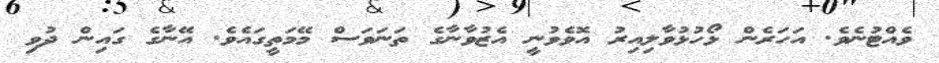
ވެއްޓުނެވެ. އަހަރެން ޅޯހުޅުވާލިއިރު އޮވެވުނީ އެޒުވާނާގެ ތަނަވަސް މޭމަތީގައެވެ. އޭނާގެ ގައިން ދުވި